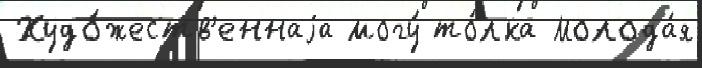
Худо́жеств'еннаjа могу́ то́лка Молода́я